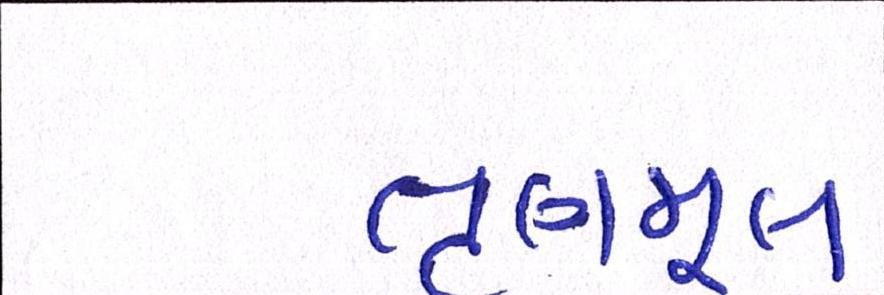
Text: તૃણમૂલ